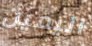
اليمين